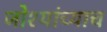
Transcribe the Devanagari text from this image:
जोश्यांच्याच